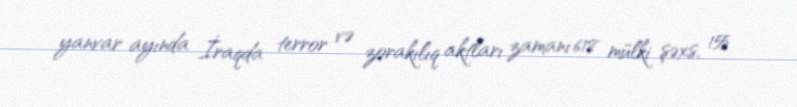
yanvar ayında İraqda terror və zorakılıq aktları zamanı 618 mülki şəxs, 155